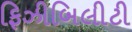
ફિઝીબિલીટી